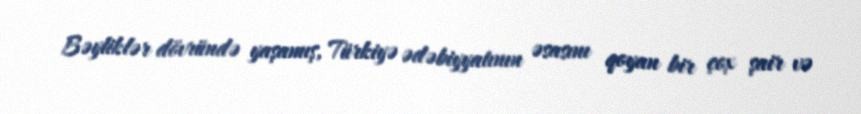
Bəyliklər dövründə yaşamış, Türkiyə ədəbiyyatının əsasını qoyan bir çox şair və